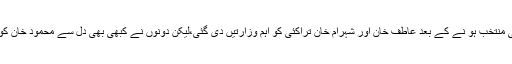
محمود خان کے وزیر اعلی منتخب ہو نے کے بعد عاطف خان اور شہرام خان تراکئی کو اہم وزارتیں دی گئی،لیکن دونوں نے کبھی بھی دل سے محمود خان کو وزیر اعلی تسلیم نہیں کیا۔